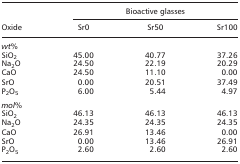
<table><thead><tr><td></td><td colspan="3"><b>Bioactive glasses</b></td></tr><tr><td><b>Oxide</b></td><td><b>Sr0</b></td><td><b>Sr50</b></td><td><b>Sr100</b></td></tr></thead><tbody><tr><td><i>wt%</i></td><td></td><td></td><td></td></tr><tr><td>SiO<sub>2</sub></td><td>45.00</td><td>40.77</td><td>37.26</td></tr><tr><td>Na<sub>2</sub>O</td><td>24.50</td><td>22.19</td><td>20.29</td></tr><tr><td>CaO</td><td>24.50</td><td>11.10</td><td>0.00</td></tr><tr><td>SrO</td><td>0.00</td><td>20.51</td><td>37.49</td></tr><tr><td>P<sub>2</sub>O<sub>5</sub></td><td>6.00</td><td>5.44</td><td>4.97</td></tr><tr><td><i>mol%</i></td><td></td><td></td><td></td></tr><tr><td>SiO<sub>2</sub></td><td>46.13</td><td>46.13</td><td>46.13</td></tr><tr><td>Na<sub>2</sub>O</td><td>24.35</td><td>24.35</td><td>24.35</td></tr><tr><td>CaO</td><td>26.91</td><td>13.46</td><td>0.00</td></tr><tr><td>SrO</td><td>0.00</td><td>13.46</td><td>26.91</td></tr><tr><td>P<sub>2</sub>O<sub>5</sub></td><td>2.60</td><td>2.60</td><td>2.60</td></tr></tbody></table>